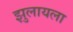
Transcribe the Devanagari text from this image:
झुलायला